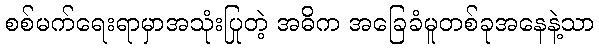
စစ်မက်ရေးရာမှာအသုံးပြုတဲ့ အဓိက အခြေခံမူတစ်ခုအနေနဲ့သာ